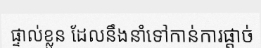
ផ្ទាល់ខ្លួន ដែលនឹងនាំទៅកាន់ការផ្តាច់